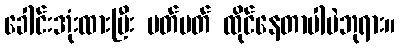
ခေါင်းအုံးထားပြီး မတ်မတ် ထိုင်နေတာပါပဲဘုရား။